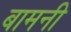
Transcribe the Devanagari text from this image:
बामनी